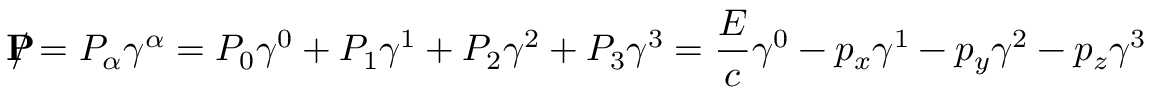
\mathbf { P } \! \! \! \! / = P _ { \alpha } \gamma ^ { \alpha } = P _ { 0 } \gamma ^ { 0 } + P _ { 1 } \gamma ^ { 1 } + P _ { 2 } \gamma ^ { 2 } + P _ { 3 } \gamma ^ { 3 } = { \frac { E } { c } } \gamma ^ { 0 } - p _ { x } \gamma ^ { 1 } - p _ { y } \gamma ^ { 2 } - p _ { z } \gamma ^ { 3 }